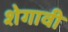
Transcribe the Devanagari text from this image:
शेगावी